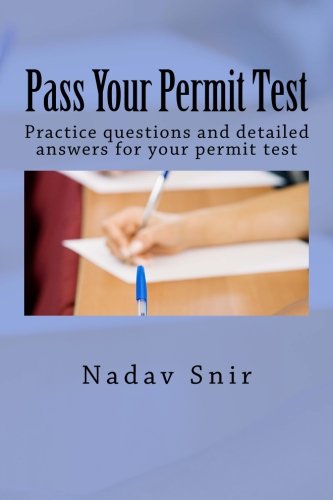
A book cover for Pass Your Permit Test: Practice questions and detailed answers for your permit test; Nadav Snir; Test Preparation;